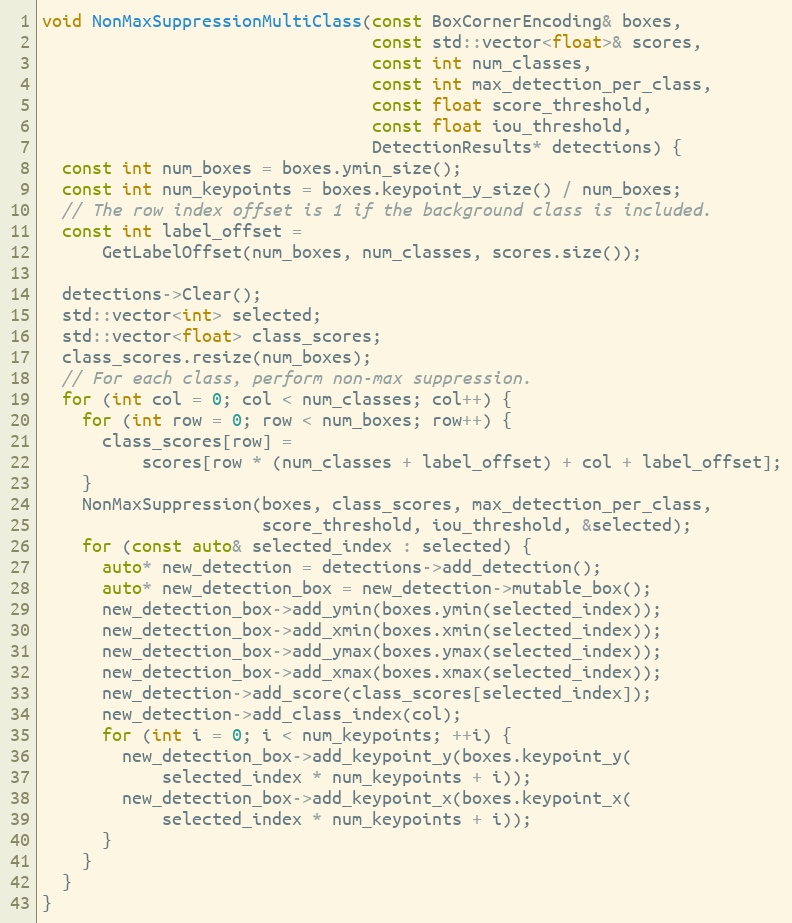
Language: C++
void NonMaxSuppressionMultiClass(const BoxCornerEncoding& boxes,
                                 const std::vector<float>& scores,
                                 const int num_classes,
                                 const int max_detection_per_class,
                                 const float score_threshold,
                                 const float iou_threshold,
                                 DetectionResults* detections) {
  const int num_boxes = boxes.ymin_size();
  const int num_keypoints = boxes.keypoint_y_size() / num_boxes;
  // The row index offset is 1 if the background class is included.
  const int label_offset =
      GetLabelOffset(num_boxes, num_classes, scores.size());

  detections->Clear();
  std::vector<int> selected;
  std::vector<float> class_scores;
  class_scores.resize(num_boxes);
  // For each class, perform non-max suppression.
  for (int col = 0; col < num_classes; col++) {
    for (int row = 0; row < num_boxes; row++) {
      class_scores[row] =
          scores[row * (num_classes + label_offset) + col + label_offset];
    }
    NonMaxSuppression(boxes, class_scores, max_detection_per_class,
                      score_threshold, iou_threshold, &selected);
    for (const auto& selected_index : selected) {
      auto* new_detection = detections->add_detection();
      auto* new_detection_box = new_detection->mutable_box();
      new_detection_box->add_ymin(boxes.ymin(selected_index));
      new_detection_box->add_xmin(boxes.xmin(selected_index));
      new_detection_box->add_ymax(boxes.ymax(selected_index));
      new_detection_box->add_xmax(boxes.xmax(selected_index));
      new_detection->add_score(class_scores[selected_index]);
      new_detection->add_class_index(col);
      for (int i = 0; i < num_keypoints; ++i) {
        new_detection_box->add_keypoint_y(boxes.keypoint_y(
            selected_index * num_keypoints + i));
        new_detection_box->add_keypoint_x(boxes.keypoint_x(
            selected_index * num_keypoints + i));
      }
    }
  }
}